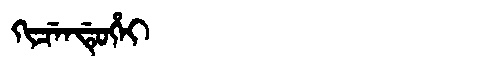
Manchu: ᡴᡳᠴᡝᠨᡩᡠᡥᡝᡳ
Romanization: KICENDUHEI